Annual report of the Punjab Veterinary College and of the Civil Veterinary Department, Punjab - 1920-1925
Year: 1920
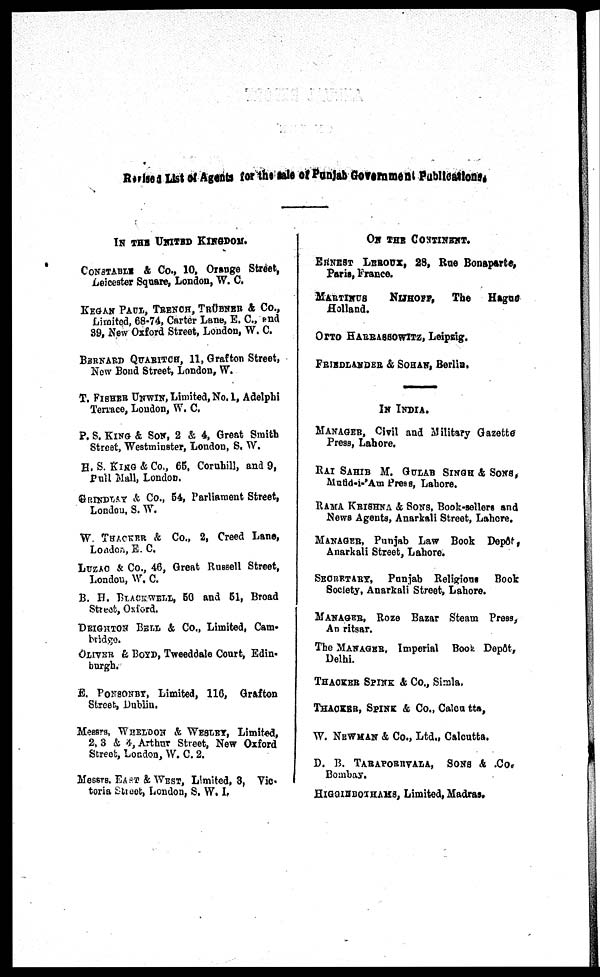
Revised List of Agents for the sale of Punjab Government Publications.
IN THE UNITED KINGDOM.
CONSTABLE & Co., 10, Orange Street,
Leicester Square, London, W. C.
KEGAN PAUL, TRENCH, TRÜBNER & Co.,
Limited, 68-74, Carter Lane, E. C., and
39, New Oxford Street, London, W. C.
BERNARD QUARITCH, 11, Grafton Street,
New Bond Street, London, W.
T. FISHER UNWIN, Limited, No. 1, Adelphi
Terrace, London, W. C.
P. S. KING & SON, 2 & 4, Great Smith
Street, Westminster, London, S. W.
H. S. KING & Co., 65, Coruhill, and 9,
Pull Mall, London.
GRINLSY, & Co., 54, Parliament Street,
London, S. W.
W. THACKER & Co., 2, Creed Lane,
London, E. C.
LUZAC & Co., 46, Great Russell Street,
London, W. C.
B. H. BLACKWELL, 50 and 51, Broad
Streat, Oxford.
DEIGHTON BELL & Co., Limited, Cam-
bridge.
OLIVER & BOYD, Tweeddale Court, Edin-
burgh.
E. PONSONBY, Limited, 116, Grafton
Street, Dublin.
Messrs, WHELOON & WESLEY, Limited,
2, 3 & 4, Arthur Street, New Oxford
Street, London, W. C. 2.
Messrs, EAST & WEST, Limited, 3, Vic-
toria Street, London, S. W. I.
ON THE COSTINENT.
ERNEST LRROUX, 28, Rue Bonaparte,
Paris, France.
MARTINUS
NIJHOFF,
The
Hague
Holland.
OTTO HARRASSOWITZ, Leipzig.
FRIEDLANDER & SOHAN, Berlin,
IN INDIA.
MANAGER, Civil and Military Gazette
Press, Lahore.
RAI SAHIB M. GULAB SINGH & SONS,
Mntid-i-'Am Press, Lahore.
RAMA KRISHNA & SONS, Book-sellers and
News Agents, Anarkali Street, Lahore.
MANAGER, Punjab Law Book Depôt,
Anarkali Street, Lahore.
SECRETARY, Punjab Religious
Book
Society, Anarkali Street, Lahore.
MANAGER, Roze Bazar Steam Press,
Amritsar.
The MANAGER, Imperial Bool Depôt,
Delhi.
THACKER SPINK & Co., Simla.
THACKER, SPINK & Co., Calcu tta,
W. NEWMAN & Co., Ltd., Calcutta.
D. B. TARAPORRVALA, SONS & .Co.
Bombay.
HIGOINBOTHAMS, Limited, Madras.